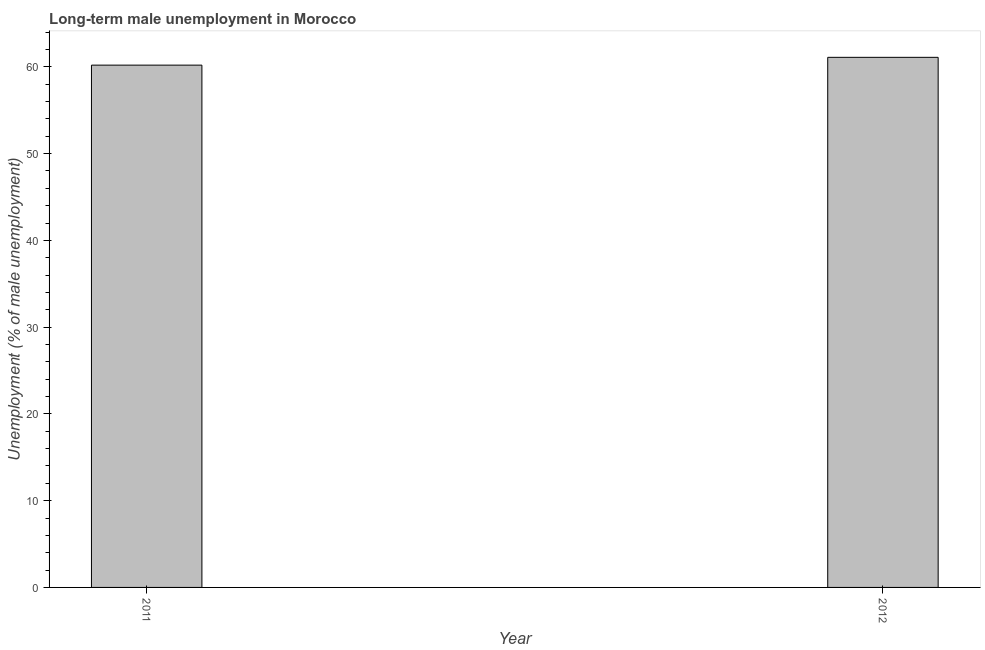
| Year | Long-term unemployment male |
 | --- | --- |
 | 2011 | 60.2 |
 | 2012 | 61.1 |